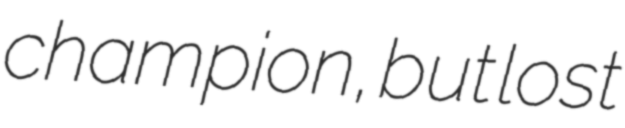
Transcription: champion, but lost